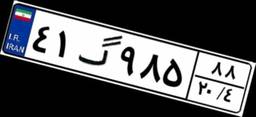
۴۱گ۹۸۵۸۸